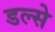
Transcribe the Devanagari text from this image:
डल्से